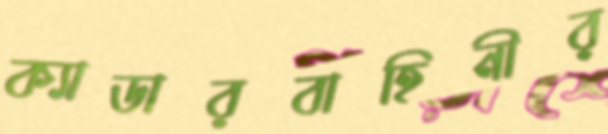
ক্যাডারবাহিনীর